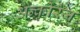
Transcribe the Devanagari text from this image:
अन्कोरेज